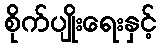
စိုက်ပျိုးရေးနှင့်